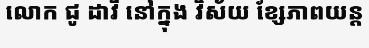
លោក ជូ ដាវី នៅក្នុង វិស័យ ខ្សែភាពយន្ត